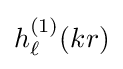
h_{\ell }^{(1)}(kr)